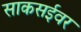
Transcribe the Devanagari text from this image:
साकसईवर